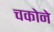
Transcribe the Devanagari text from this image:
चकोने